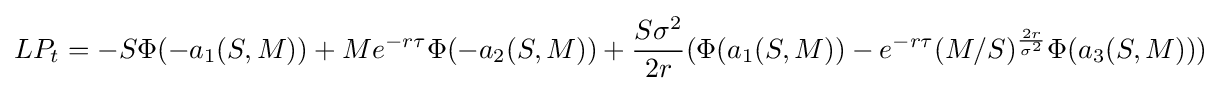
LP_{t}=-S\Phi (-a_{1}(S,M))+Me^{-r\tau }\Phi (-a_{2}(S,M))+{\frac {S\sigma ^{2}}{2r}}(\Phi (a_{1}(S,M))-e^{-r\tau }(M/S)^{\frac {2r}{\sigma ^{2}}}\Phi (a_{3}(S,M)))